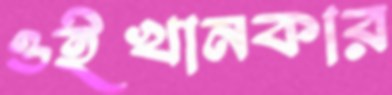
ওইখানকার